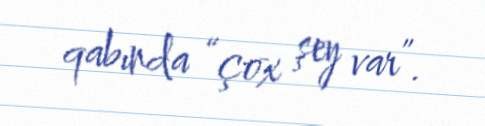
qabında “çox şey var”.